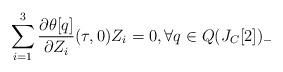
LaTeX: \begin{align*} \sum_{i=1}^3 \frac{\partial \theta [q]}{\partial Z_i}(\tau,0) Z_i=0, \forall q \in Q(J_C[2])_-\end{align*}